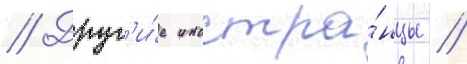
// Друг'и́е иностра́нцы /